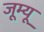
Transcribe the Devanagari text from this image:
जूम्यू